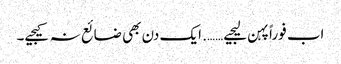
اب فوراً پہن لیجیے……. ایک دن بھی ضائع نہ کیجیے۔